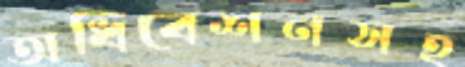
অধিবেশনসহ